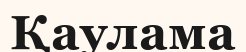
Қаулама